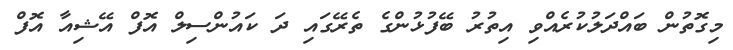
މިގޮތުން ބައްދަލުކުރެއްވި އިތުރު ބޭފުޅުންގެ ތެރޭގައި ދަ ކައުންސިލް އޮފް އޭޝިއާ އޮފް